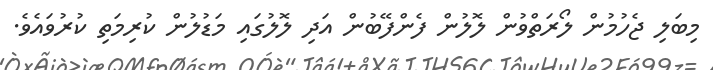
މިބަލި ޖެހުމުން ލޯރަތްވުން ލޮލުން ފެންފޭބުން އަދި ލޮލުގައި މަޑުލުން ކުރިމަތި ކުރުވައެވެ.